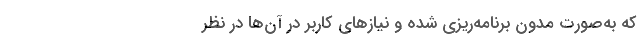
که به‌صورت مدون برنامه‌ریزی‌ شده و نیازهای کاربر در آن‌ها در نظر